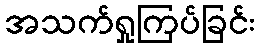
အသက်ရှုကြပ်ခြင်း